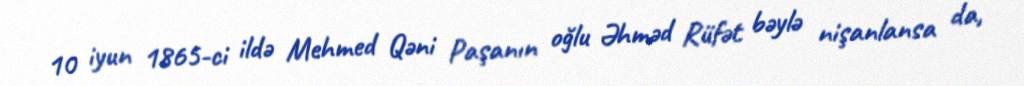
10 iyun 1865-ci ildə Mehmed Qəni Paşanın oğlu Əhməd Rüfət bəylə nişanlansa da,